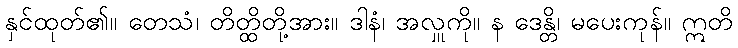
နှင်ထုတ်၏။ တေသံ၊ တိတ္ထိတို့အား။ ဒါနံ၊ အလှူကို။ န ဒေန္တိ၊ မပေးကုန်။ ဣတိ